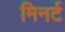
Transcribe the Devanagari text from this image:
मिनर्ट